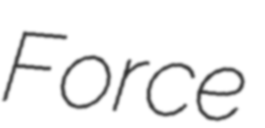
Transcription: Force